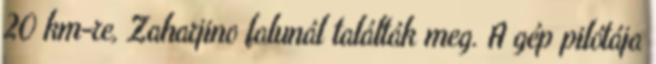
20 km-re, Zaharjino falunál találták meg. A gép pilótája